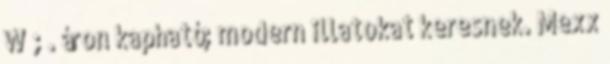
W ; . áron kapható; modern illatokat keresnek. Mexx